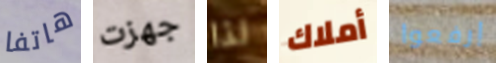
هاتفا جهزت لذا أملاك إرفعوا